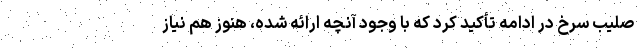
صلیب سرخ در ادامه تأکید کرد که با وجود آنچه ارائه شده، هنوز هم نیاز